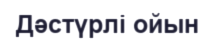
Дәстүрлі ойын